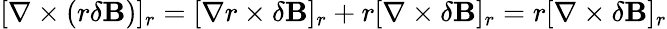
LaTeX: [\nabla\times(r\delta\mathbf{B})]_{r}=[\nabla r\times\delta\mathbf{B}]_{r}+r[\nabla\times\delta\mathbf{B}]_{r}=r[\nabla\times\delta\mathbf{B}]_{r}